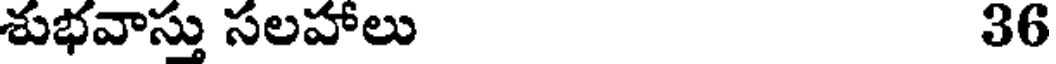
శుభవాస్తు సలహాలు 36